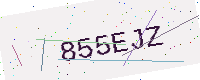
Text: 855EJZ